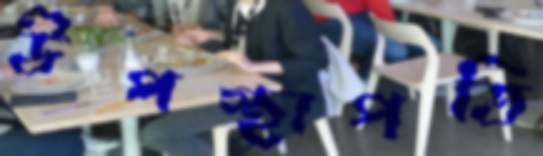
উপস্থাপতি